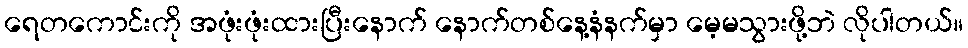
ရေတကောင်းကို အဖုံးဖုံးထားပြီးနောက် နောက်တစ်နေ့နံနက်မှာ မေ့မသွားဖို့ဘဲ လိုပါတယ်။